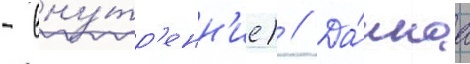
- вну́тр'енн'ие) // Да́ннаа